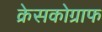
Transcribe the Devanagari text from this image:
क्रेसकोग्राफ